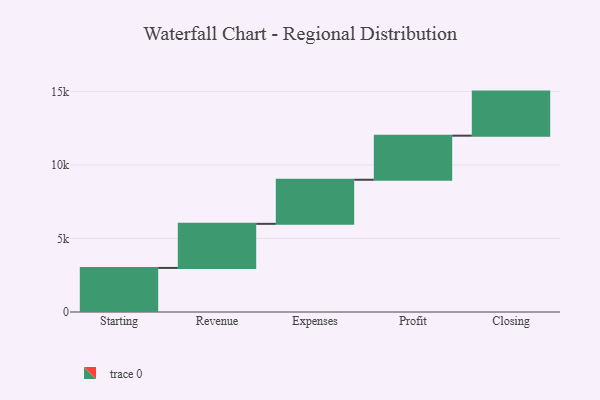
{"axis": {"x": "Step", "y": "Value"}, "legend": [""], "data": [{"x": "Starting", "y": 3000, "type": ""}, {"x": "Revenue", "y": 3000, "type": ""}, {"x": "Expenses", "y": 3000, "type": ""}, {"x": "Profit", "y": 3000, "type": ""}, {"x": "Closing", "y": 3000, "type": ""}]}